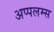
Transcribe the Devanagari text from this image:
अप्पलम्स